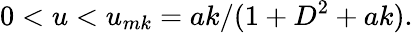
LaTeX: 0<u<u_{mk}=ak/(1+D^{2}+ak).